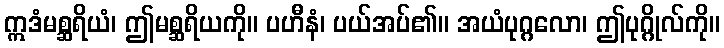
ဣဒံမစ္ဆရိယံ၊ ဤမစ္ဆရိယကို။ ပဟီနံ၊ ပယ်အပ်၏။ အယံပုဂ္ဂလော၊ ဤပုဂ္ဂိုလ်ကို။